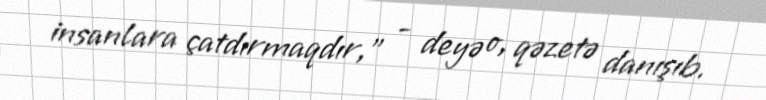
insanlara çatdırmaqdır,” - deyə o, qəzetə danışıb.